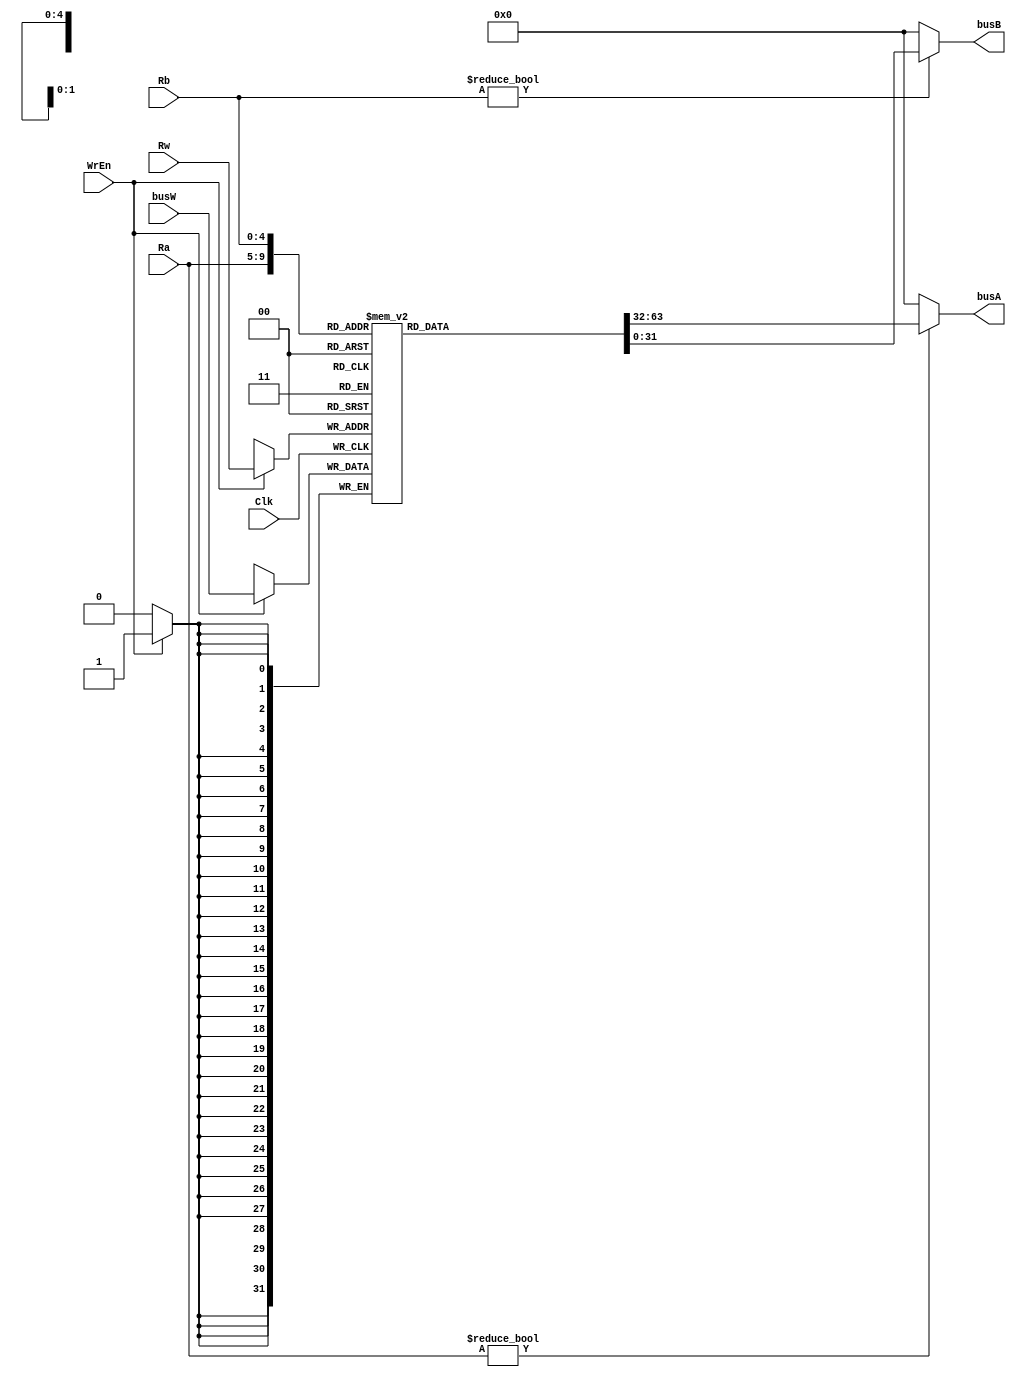

module rf(Clk,WrEn,Ra,Rb,Rw,busW,busA,busB);

input Clk,WrEn;
input [4:0]Rw,Ra,Rb;
input [31:0]busW;
output [31:0]busA,busB;

reg[31:0] Rf[31:0];

assign busA = (Ra != 0) ? Rf[Ra] : 0;
assign busB = (Rb != 0) ? Rf[Rb] : 0;

initial
begin 
	Rf[0]=0;
	Rf[1] = 32'd1;
	Rf[8]  = 32'h0000_0001;
	Rf[11] = 32'h0000_1111;
	Rf[12] = 32'h0000_1010;

	Rf[18] = 32'h0000_000a;		
	Rf[19] = 32'h0000_0002;

	Rf[20] = 32'h0000_000a;		
	Rf[21] = 32'h0000_0005;
end

always @ (posedge Clk)
	if(WrEn)
		Rf[Rw] <= busW;

endmodule